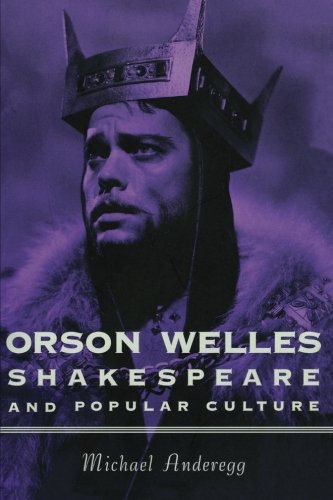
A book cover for Orson Welles, Shakespeare, and Popular Culture; Michael Anderegg; Humor & Entertainment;